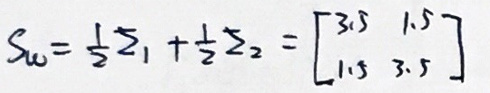
$S_{u}=\frac{1}{2}z_{1}+\frac{1}{2}z_{2}=\begin{bmatrix}3.5 & 1.5\\1.5 & 3.5\end{bmatrix}$